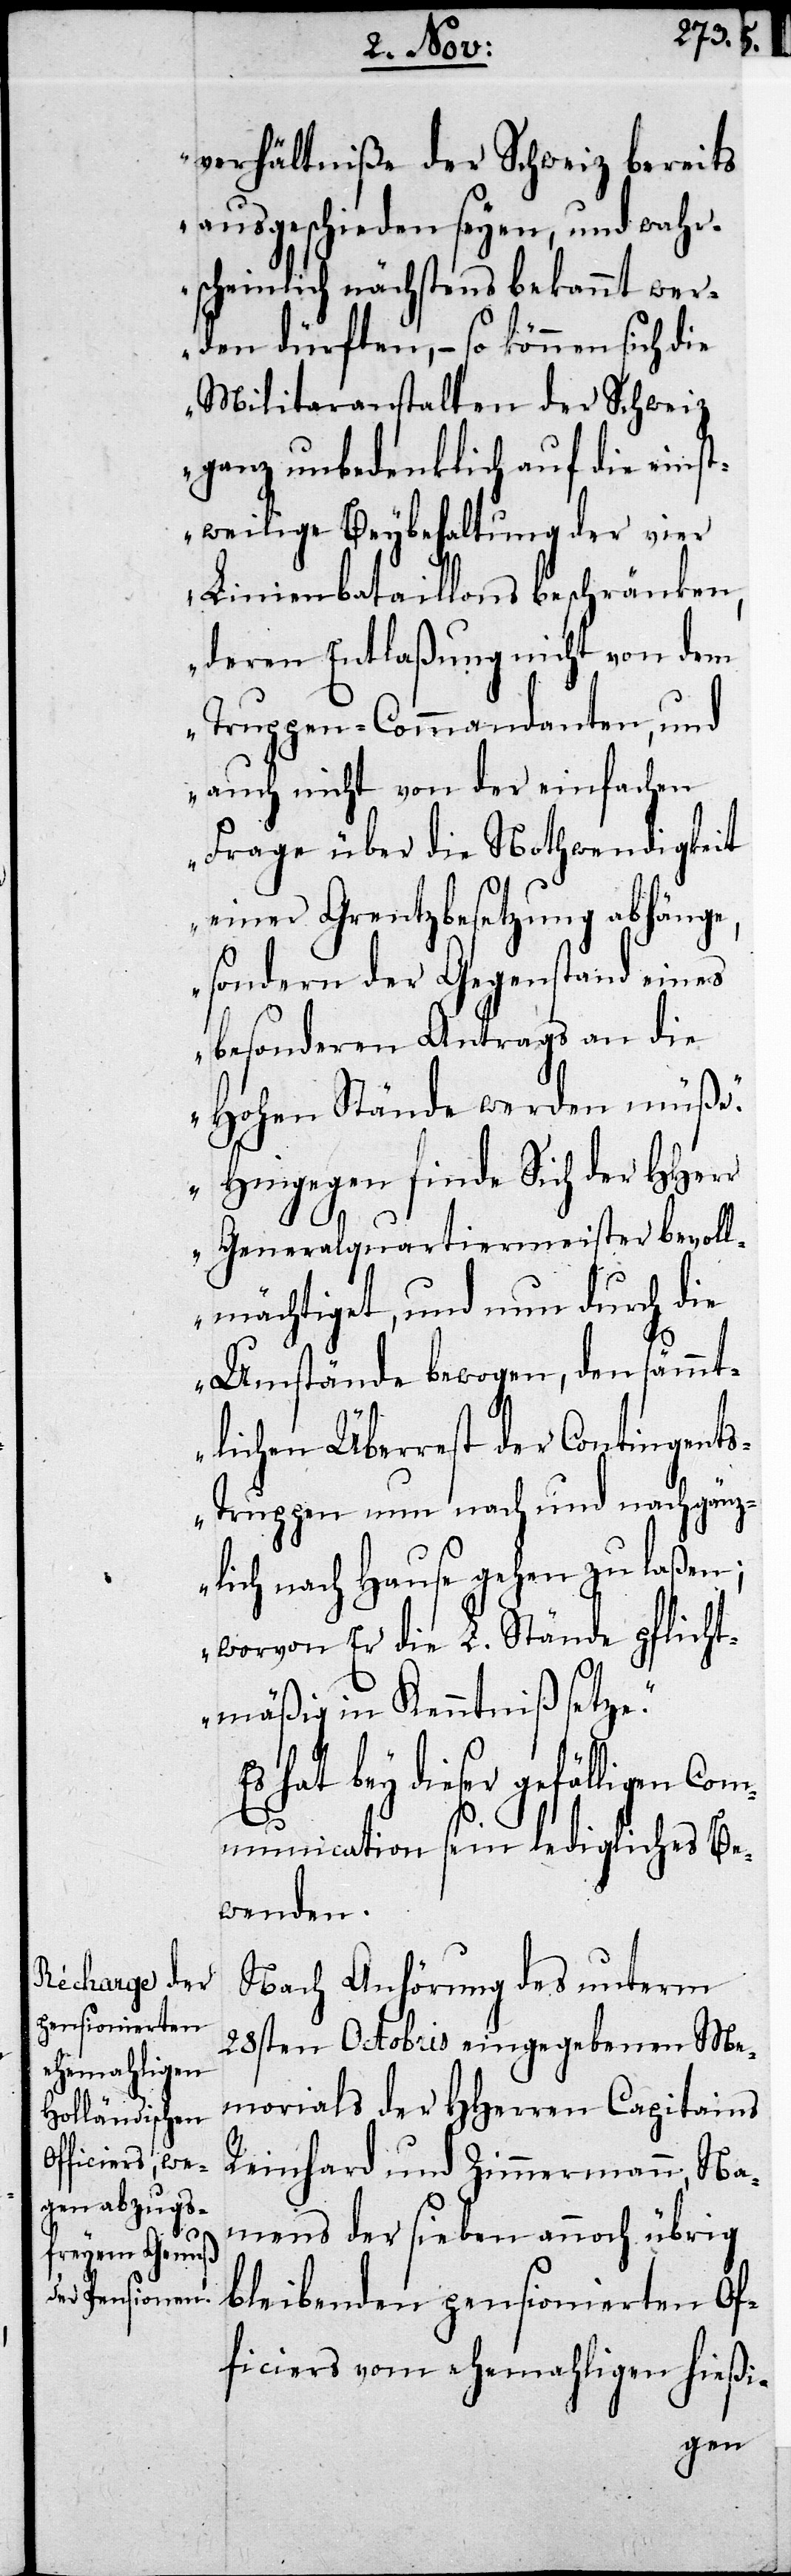
verhältniße der Schweiz bereits
ausgeschieden seyen, und wahr¬
scheinlich nächstens bekannt wer¬
den dürften, – so können sich die
Militaranstalten der Schweiz
ganz unbedenklich auf die einst¬
weilige Beybehaltung der vier
Linienbataillons beschränken,
deren Entlaßung nicht von dem
Truppen-Commandanten, und
auch nicht von der einfachen
Frage über die Nothwendigkeit
einer Grentzbesetzung abhänge,
sondern der Gegenstand eines
besonderen Antrags an die
Hohen Stände werden müße.
Hingegen finde Sich der HHerr
Generalquartiermeister bevoll¬
mächtiget, und nun durch die
Umstände bewogen, den sämmt¬
lichen Überrest der Contingent¬
s-Truppen nun nach und nach gänz¬
lich nach Hause gehen zu laßen;
worvon Er die L. Stände pflicht¬
mäßig in Kenntniß setze.
Es hat bey dieser gefälligen Com¬
munication sein ledigliches Be¬
wenden.
Nach Anhörung des unterm
28sten Octobris eingekommenen Me¬
morials der HHerren Capitains
Reinhard und Zimmermann, Na¬
mens der sieben annoch übrig
bleibenden pensionierten Of¬
ficiers vom ehemaligen hießi-